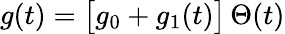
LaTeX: g(t)=\big[g_{0}+g_{1}(t)\big]\, \Theta(t)